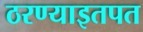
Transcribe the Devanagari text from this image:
ठरण्याइतपत